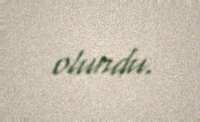
olundu.